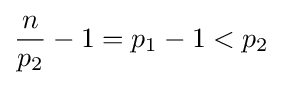
{n \over p_{2}}-1=p_{1}-1<p_{2}